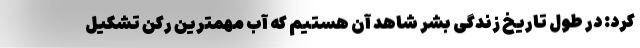
کرد: در طول تاریخ زندگی بشر شاهد آن هستیم که آب مهمترین رکن تشکیل